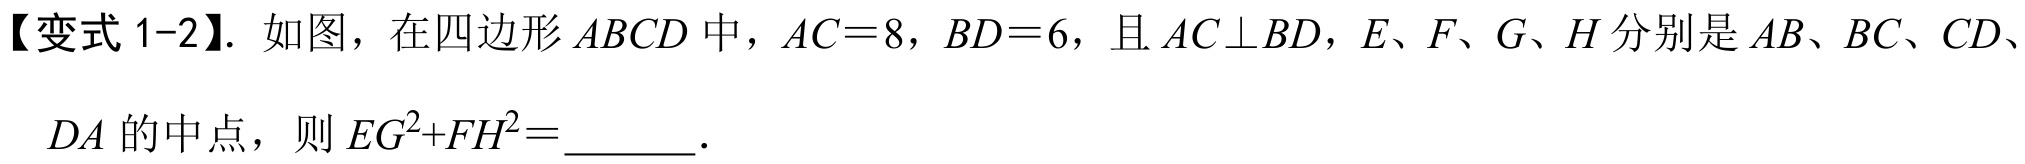
【变式 1-2】. 如图，在四边形 \(ABCD\) 中，\(AC = 8\)，\(BD = 6\)，且 \(AC\perp BD\)，\(E、F、G、H\) 分别是 \(AB、BC、CD、\)
\(DA\) 的中点，则 \(EG^{2}+FH^{2}=\underline{\quad\quad}\).